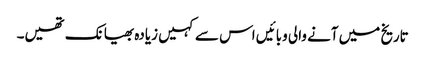
تاریخ میں آنے والی وبائیں اس سے کہیں زیادہ بھیانک تھیں۔